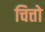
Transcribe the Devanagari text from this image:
चित्तो